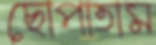
ছোপাতাম